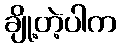
ချို့တဲ့ပါက